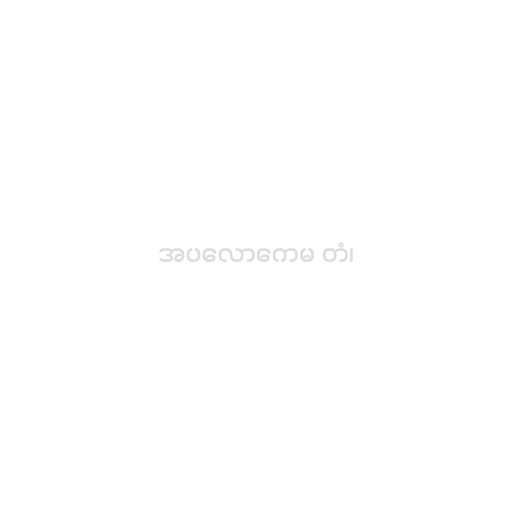
အပလောကေမ တံ၊